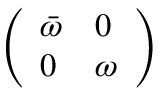
\left( \begin{array} { l l } { \bar { \omega } } & { 0 } \\ { 0 } & { \omega } \end{array} \right)